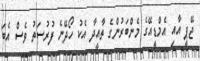
ޖޭޕީ އާއި އެމްޑީއޭގެ މެންބަރުންގެ ތާއީދާ އެކު ހޯދޭނެ ފުރުސަތު ވެސް އެބަ